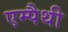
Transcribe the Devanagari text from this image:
एम्पैथी